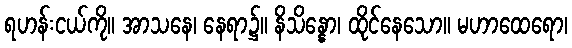
ရဟန်းငယ်ကို။ အာသနေ၊ နေရာ၌။ နိသိန္နော၊ ထိုင်နေသော။ မဟာထေရော၊